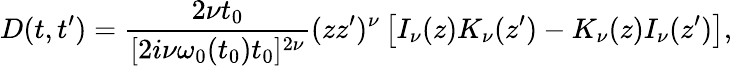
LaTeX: D(t,t^{\prime})=\frac{2\nu t_{0}}{[2i\nu\omega_{0}(t_{0})t_{0}]^{2\nu}}(zz^{\prime})^{\nu}\left[I_{\nu}(z)K_{\nu}(z^{\prime})-K_{\nu}(z)I_{\nu}(z^{\prime})\right],